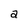
Character: a